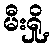
မီးရှို့